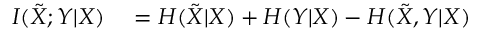
\begin{array} { r l r } { I ( \tilde { X } ; Y | X ) } & { { } = H ( \tilde { X } | X ) + H ( Y | X ) - H ( \tilde { X } , Y | X ) } \end{array}